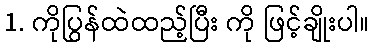
1. ကိုပြွန်ထဲထည့်ပြီး ကို ဖြင့်ချိုးပါ။